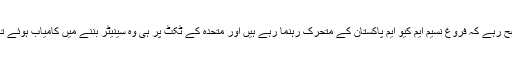
واضح رہے کہ فروغ نسیم ایم کیو ایم پاکستان کے متحرک رہنما رہے ہیں اور متحدہ کے ٹکٹ پر ہی وہ سینیٹر بننے میں کامیاب ہوئے تھے۔